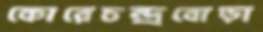
কোরেচন্দ্রবোড়া